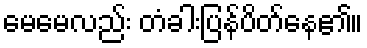
မေမေလည်း တံခါးပြန်ပိတ်နေ၏။